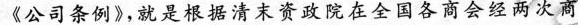
《公司条例》，就是根据清末资政院在全国各商会经两次商